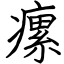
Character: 瘰